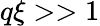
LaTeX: q\xi>>1